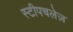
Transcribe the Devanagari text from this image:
स्टीपचलेज़